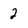
Character: 2